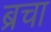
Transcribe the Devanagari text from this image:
ब्रचा